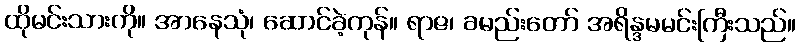
ထိုမင်းသားကို။ အာနေသုံ၊ ဆောင်ခဲ့ကုန်။ ရာဇ၊ ခမည်းတော် အရိန္ဒမမင်းကြီးသည်။